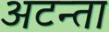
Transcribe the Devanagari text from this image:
अटन्ता